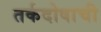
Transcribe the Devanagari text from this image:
तर्कदोषाची